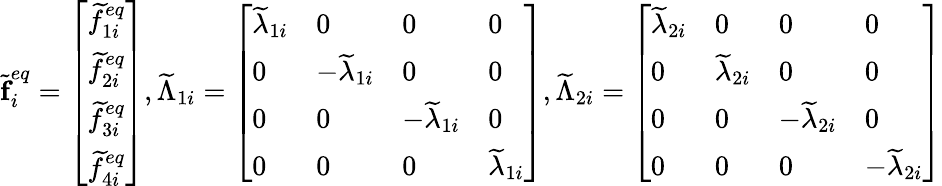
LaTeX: \widetilde{\textbf{f}}_{i}^{eq}=\left[\begin{array}{l}{\widetilde{f}_{1i}^{eq}}\\ {\widetilde{f}_{2i}^{eq}}\\ {\widetilde{f}_{3i}^{eq}}\\ {\widetilde{f}_{4i}^{eq}}\end{array}\right],\widetilde{\Lambda}_{1i}=\left[\begin{array}{llll}{\widetilde{\lambda}_{1i}}&{0}&{0}&{0}\\ {0}&{-\widetilde{\lambda}_{1i}}&{0}&{0}\\ {0}&{0}&{-\widetilde{\lambda}_{1i}}&{0}\\ {0}&{0}&{0}&{\widetilde{\lambda}_{1i}}\end{array}\right],\widetilde{\Lambda}_{2i}=\left[\begin{array}{llll}{\widetilde{\lambda}_{2i}}&{0}&{0}&{0}\\ {0}&{\widetilde{\lambda}_{2i}}&{0}&{0}\\ {0}&{0}&{-\widetilde{\lambda}_{2i}}&{0}\\ {0}&{0}&{0}&{-\widetilde{\lambda}_{2i}}\end{array}\right]